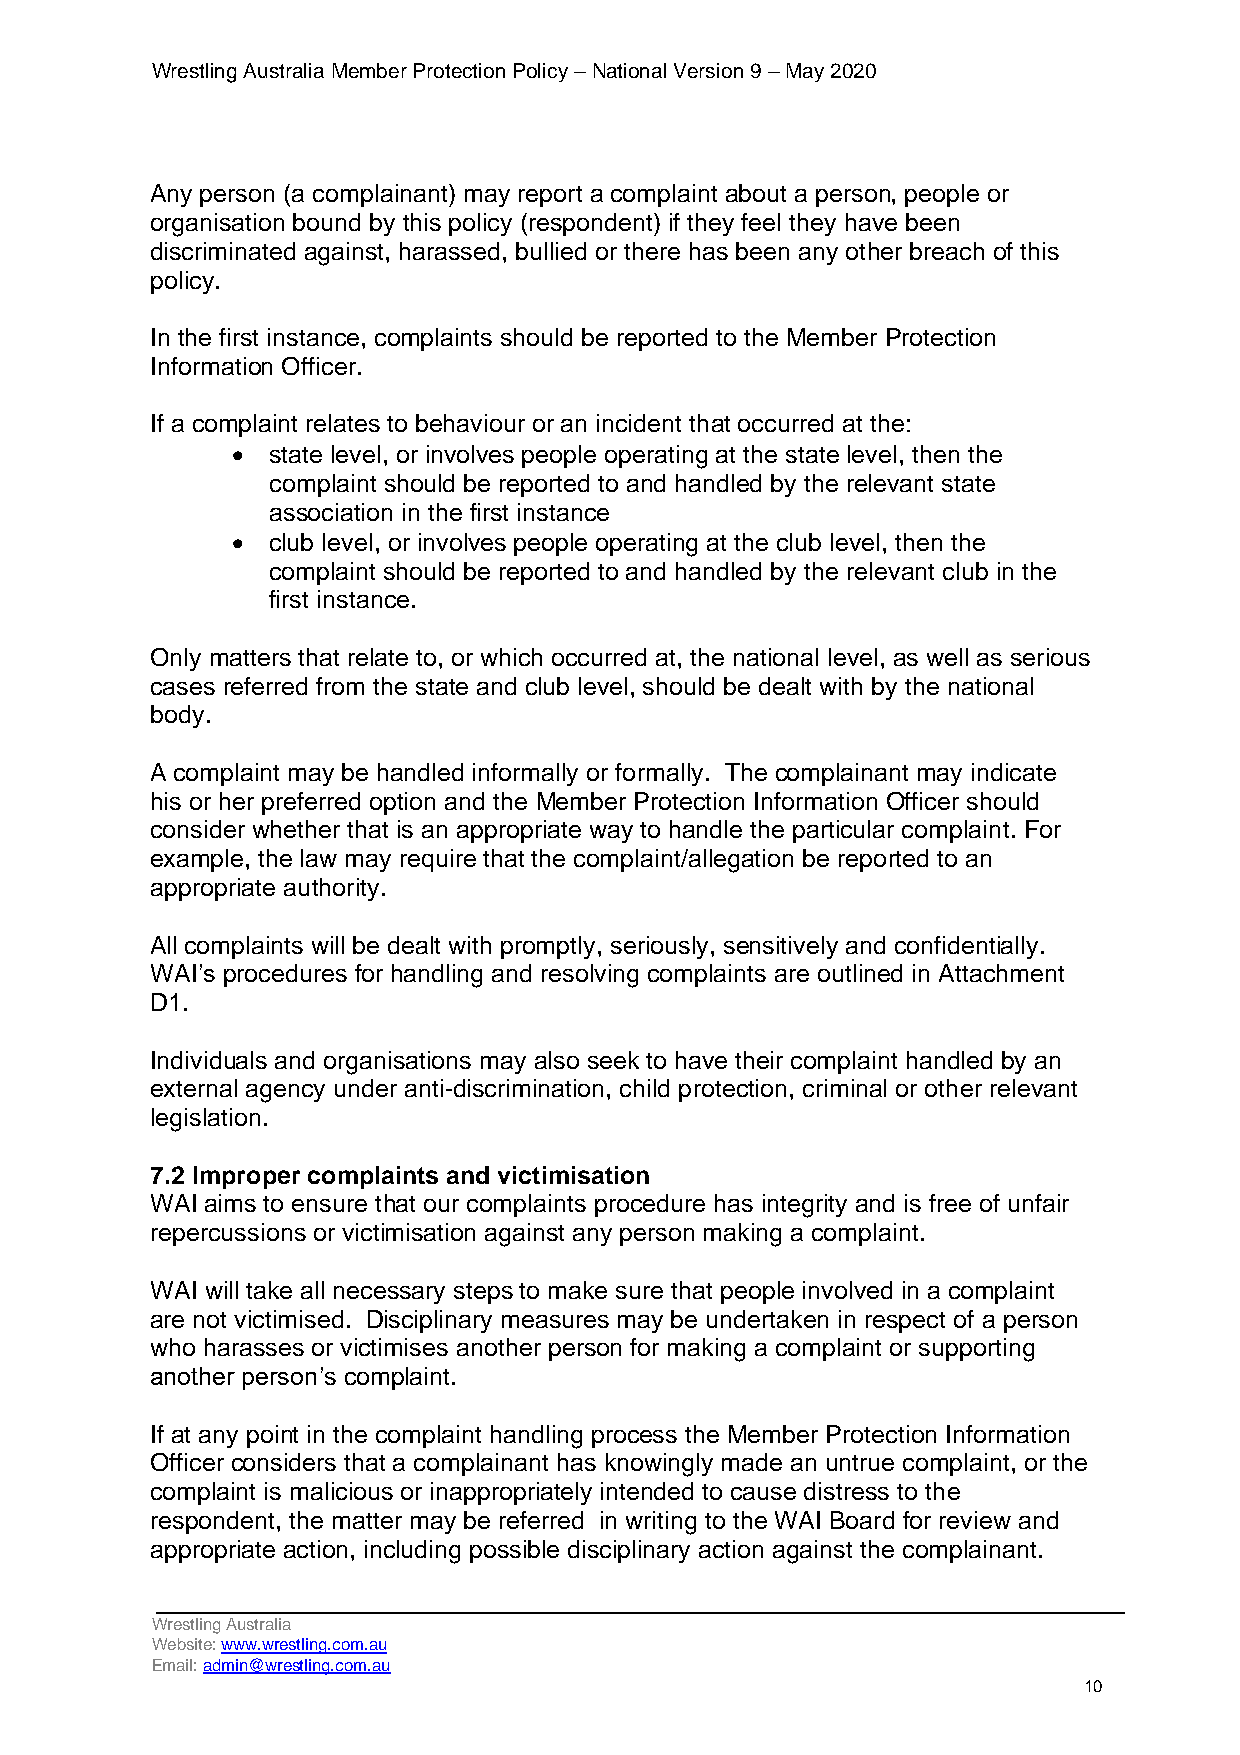
Wrestling Australia Member Protection Policy – National Version 9 – May 2020
 Any person (a complainant) may report a complaint about a person, people or
 organisation bound by this policy (respondent) if they feel they have been
 discriminated against, harassed, bullied or there has been any other breach of this
 policy.
 In the first instance, complaints should be reported to the Member Protection
 Information Officer.
 If a complaint relates to behaviour or an incident that occurred at the:
 •  state level, or involves people operating at the state level, then the
 complaint should be reported to and handled by the relevant state
 association in the first instance
 •  club level, or involves people operating at the club level, then the
 complaint should be reported to and handled by the relevant club in the
 first instance.
 Only matters that relate to, or which occurred at, the national level, as well as serious
 cases referred from the state and club level, should be dealt with by the national
 body.
 A complaint may be handled informally or formally. The complainant may indicate
 his or her preferred option and the Member Protection Information Officer should
 consider whether that is an appropriate way to handle the particular complaint. For
 example, the law may require that the complaint/allegation be reported to an
 appropriate authority.
 All complaints will be dealt with promptly, seriously, sensitively and confidentially.
 WAI’s procedures for handling and resolving complaints are outlined in Attachment
 D1.
 Individuals and organisations may also seek to have their complaint handled by an
 external agency under anti-discrimination, child protection, criminal or other relevant
 legislation.
 7.2 Improper complaints and victimisation
 WAI aims to ensure that our complaints procedure has integrity and is free of unfair
 repercussions or victimisation against any person making a complaint.
 WAI will take all necessary steps to make sure that people involved in a complaint
 are not victimised. Disciplinary measures may be undertaken in respect of a person
 who harasses or victimises another person for making a complaint or supporting
 another person’s complaint.
 If at any point in the complaint handling process the Member Protection Information
 Officer considers that a complainant has knowingly made an untrue complaint, or the
 complaint is malicious or inappropriately intended to cause distress to the
 respondent, the matter may be referred in writing to the WAI Board for review and
 appropriate action, including possible disciplinary action against the complainant.
 Wrestling Australia
 Website: www.wrestling.com.au
 Email: admin@wrestling.com.au
 10